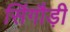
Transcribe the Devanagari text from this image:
सिंगौड़ी